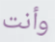
وأنت